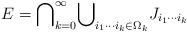
\begin{align*}E= {\displaystyle\bigcap\nolimits_{k=0}^{\infty}} {\displaystyle\bigcup\nolimits_{i_{1}\cdots i_{k}\in\Omega_{k}}} J_{i_{1}\cdots i_{k}} \end{align*}